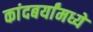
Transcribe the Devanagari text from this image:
कांदबर्यांमध्ये